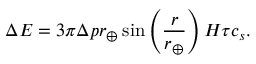
\Delta E = 3 \pi \Delta p r _ { \oplus } \sin \left( \frac { r } { r _ { \oplus } } \right) H \tau c _ { s } .